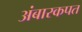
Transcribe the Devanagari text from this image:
अंबारकपत